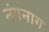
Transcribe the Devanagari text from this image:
नंगनाग